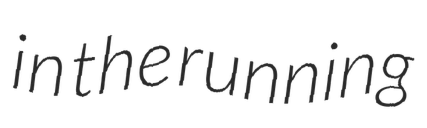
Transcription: in the running